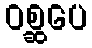
ဝစ္ဆပေ